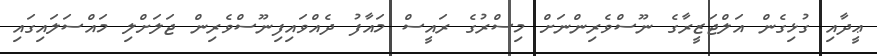
ޢީދާއި ގުޅިގެން އަލްޖަޒީރާގެ ނޫސްވެރިންނަށް މިސްރުގެ ރައީސް މައާފު ދެއްވައިފިނޫސްވެރިން ޖަލަށްލި މައްސަލައިގައި